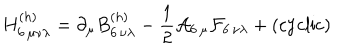
H _ { 6 \, \mu \nu \lambda } ^ { ( h ) } = \partial _ { \mu } B _ { 6 \, \nu \lambda } ^ { ( h ) } - { \frac { 1 } { 2 } } { \cal A } _ { 6 \, \mu } { \cal F } _ { 6 \, \nu \lambda } + ( \mathrm { c y c l i c } )